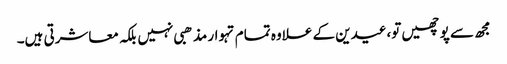
مجھ سے پوچھیں تو،عیدین کے علاوہ تمام تہوار مذھبی نہیں بلکہ معاشرتی ہیں۔